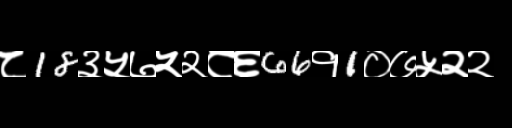
Text: ८18३५७५२८६66१1०७५२२